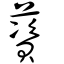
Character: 薋